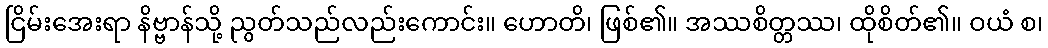
ငြိမ်းအေးရာ နိဗ္ဗာန်သို့ ညွတ်သည်လည်းကောင်း။ ဟောတိ၊ ဖြစ်၏။ အဿစိတ္တဿ၊ ထိုစိတ်၏။ ဝယံ စ၊